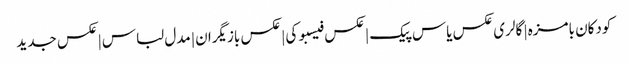
کودکان بامزه | گالری عکس یاس پیک | عکس فیسبوکی | عکس بازیگران | مدل لباس | عکس جدید